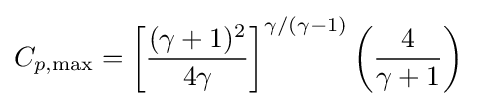
C_{p,\max }=\left[{\frac {(\gamma +1)^{2}}{4\gamma }}\right]^{\gamma /(\gamma -1)}\left({\frac {4}{\gamma +1}}\right)